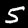
Digit: 5